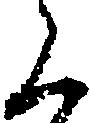
く